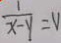
\frac { 1 } { x - y } = V